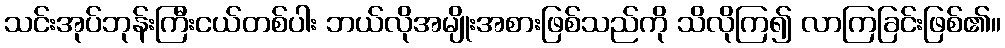
သင်းအုပ်ဘုန်းကြီးငယ်တစ်ပါး ဘယ်လိုအမျိုးအစားဖြစ်သည်ကို သိလိုကြ၍ လာကြခြင်းဖြစ်၏။